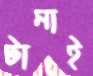
টানাই